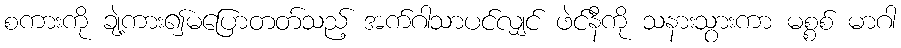
စကားကို ချဲ့ကား၍မပြောတတ်သည့် အက်ဂါသာပင်လျှင် ဖဲင်နီကို သနားသွားကာ မစ္စစ် မာဂါ